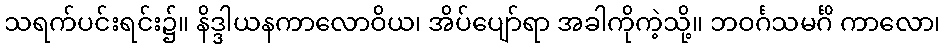
သရက်ပင်းရင်း၌။ နိဒ္ဒါယနကာလောဝိယ၊ အိပ်ပျော်ရာ အခါကိုကဲ့သို့။ ဘဝင်္ဂသမင်္ဂိ ကာလော၊